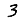
Digit: 3